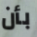
بأن